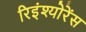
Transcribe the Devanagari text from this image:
रिइंश्योरेंस